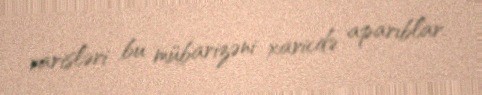
varisləri bu mübarizəni xaricdə aparıblar.